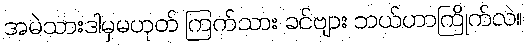
အမဲသားဒါမှမဟုတ် ကြက်သား ခင်ဗျား ဘယ်ဟာကြိုက်လဲ။